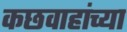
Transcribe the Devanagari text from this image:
कछवाहांच्या